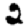
Digit: 2